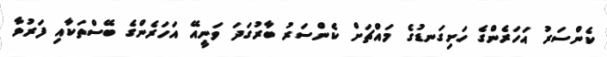
ކެންސަރު އަހަރެންގެ ހަށިގަނޑުގެ މައްޗަށް ކެންސަރު ބާރުގަދަ ވަނީއޭ އަހަރެންގެ ބޭސްތަކާއި ފަރުވާ